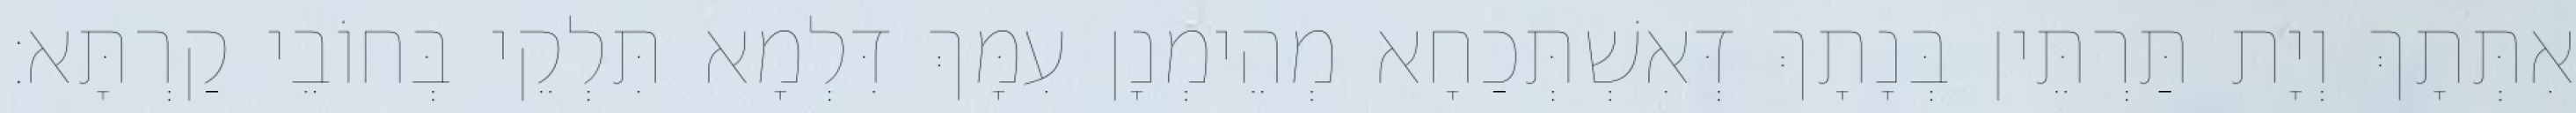
אִתְּתָךְ וְיָת תַּרְתֵּין בְּנָתָךְ דְּאִשְׁתְּכַחָא מְהֵימְנָן עִמָּךְ דִּלְמָא תִּלְקֵי בְּחוֹבֵי קַרְתָּא׃